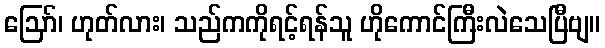
ဪ၊ ဟုတ်လား၊ သည်ကကိုရင့်ရန်သူ ဟိုကောင်ကြီးလဲသေပြီဗျ။